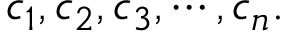
c _ { 1 } , c _ { 2 } , c _ { 3 } , \cdots , c _ { n } .